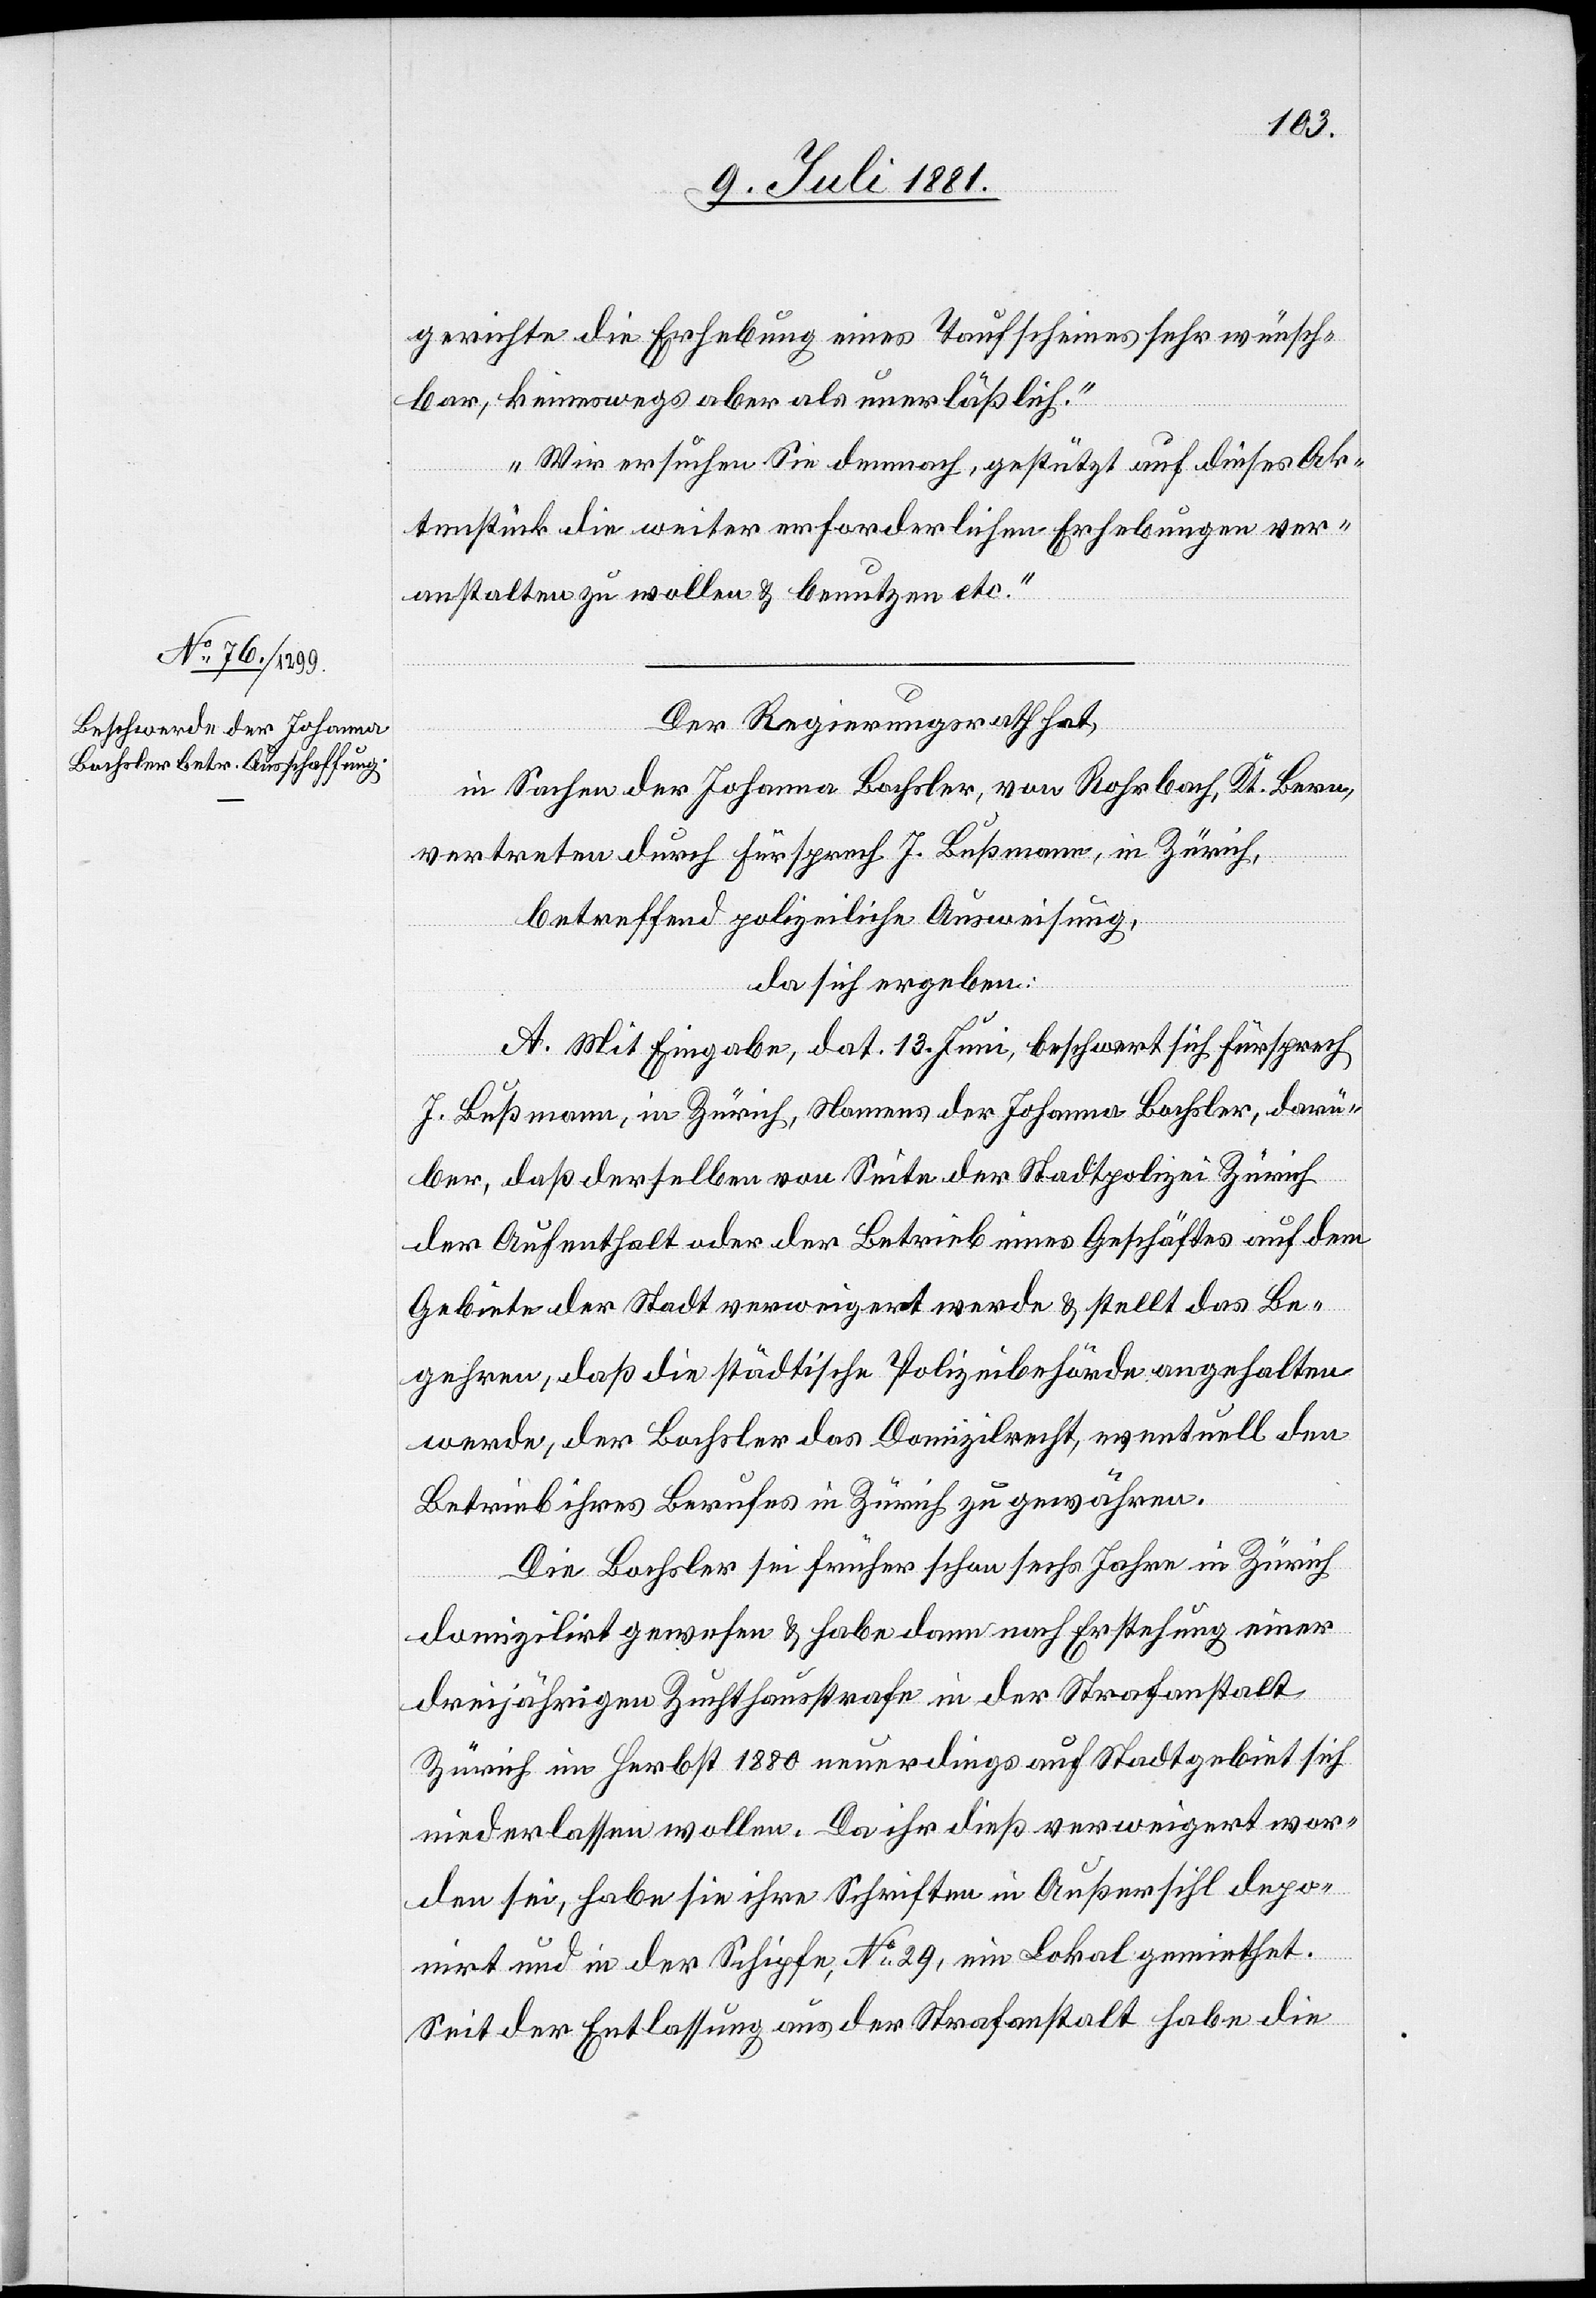
gerichte die Erhebung eines Taufscheines wünsch¬
bar, keineswegs aber als unerläßlich.
Wir ersuchen Sie demnach, gestützt auf dieses Ak¬
tenstück die weiter erforderlichen Erhebungen ver¬
anstalten zu wollen & benutzen etc.“
Der Regierungsrath hat,
in Sachen der Johanna Bachsler, von Rohrbach, Kt. Bern,
vertreten durch Fürsprech J. Bußmann, in Zürich,
betreffend polizeiliche Ausweisung,
da sich ergeben:
A. Mit Eingabe, dat. 13. Juni, beschwert sich Fürsprech
J. Bußmann, in Zürich, Namens der Johanna Bachsler, darü¬
ber, daß derselben von Seite der Stadtpolizei Zürich
der Aufenthalt oder der Betrieb eines Geschäftes auf dem
Gebiete der Stadt verweigert werde & stellt das Be¬
gehren, daß die städtische Polizeibehörde angehalten
werde, der Bachsler das Domizilrecht, eventuell den
Betrieb ihres Berufes in Zürich zu gewähren.
Die Bachsler sei früher schon sechs Jahre in Zürich
domizilirt gewesen & habe dann nach Erstehung einer
dreijährigen Zuchthausstrafe in der Strafanstalt
Zürich im Herbst 1880 neuerdings auf Stadtgebiet sich
niederlassen wollen. Da ihr dieß verweigert wor¬
den sei, habe sie ihre Schriften in Außersihl depo¬
nirt und in der Schipfe, No 29, ein Lokal gemiethet.
Seit der Entlassung aus der Strafanstalt habe die